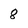
Character: 8